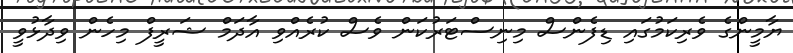
ޔާމީންގެ ވެރިކަމުގައި ޑިފެންސް މިނިސްޓަރުކަން ވެސް ކުރެއްވި އާދަމް ޝަރީފް މިހެން ވިދާޅުވީ